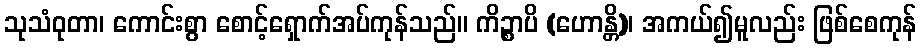
သုသံဝုတာ၊ ကောင်းစွာ စောင့်ရှောက်အပ်ကုန်သည်။ ကိဉ္စာပိ (ဟောန္တိ)၊ အကယ်၍မူလည်း ဖြစ်စေကုန်